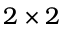
2 \times 2